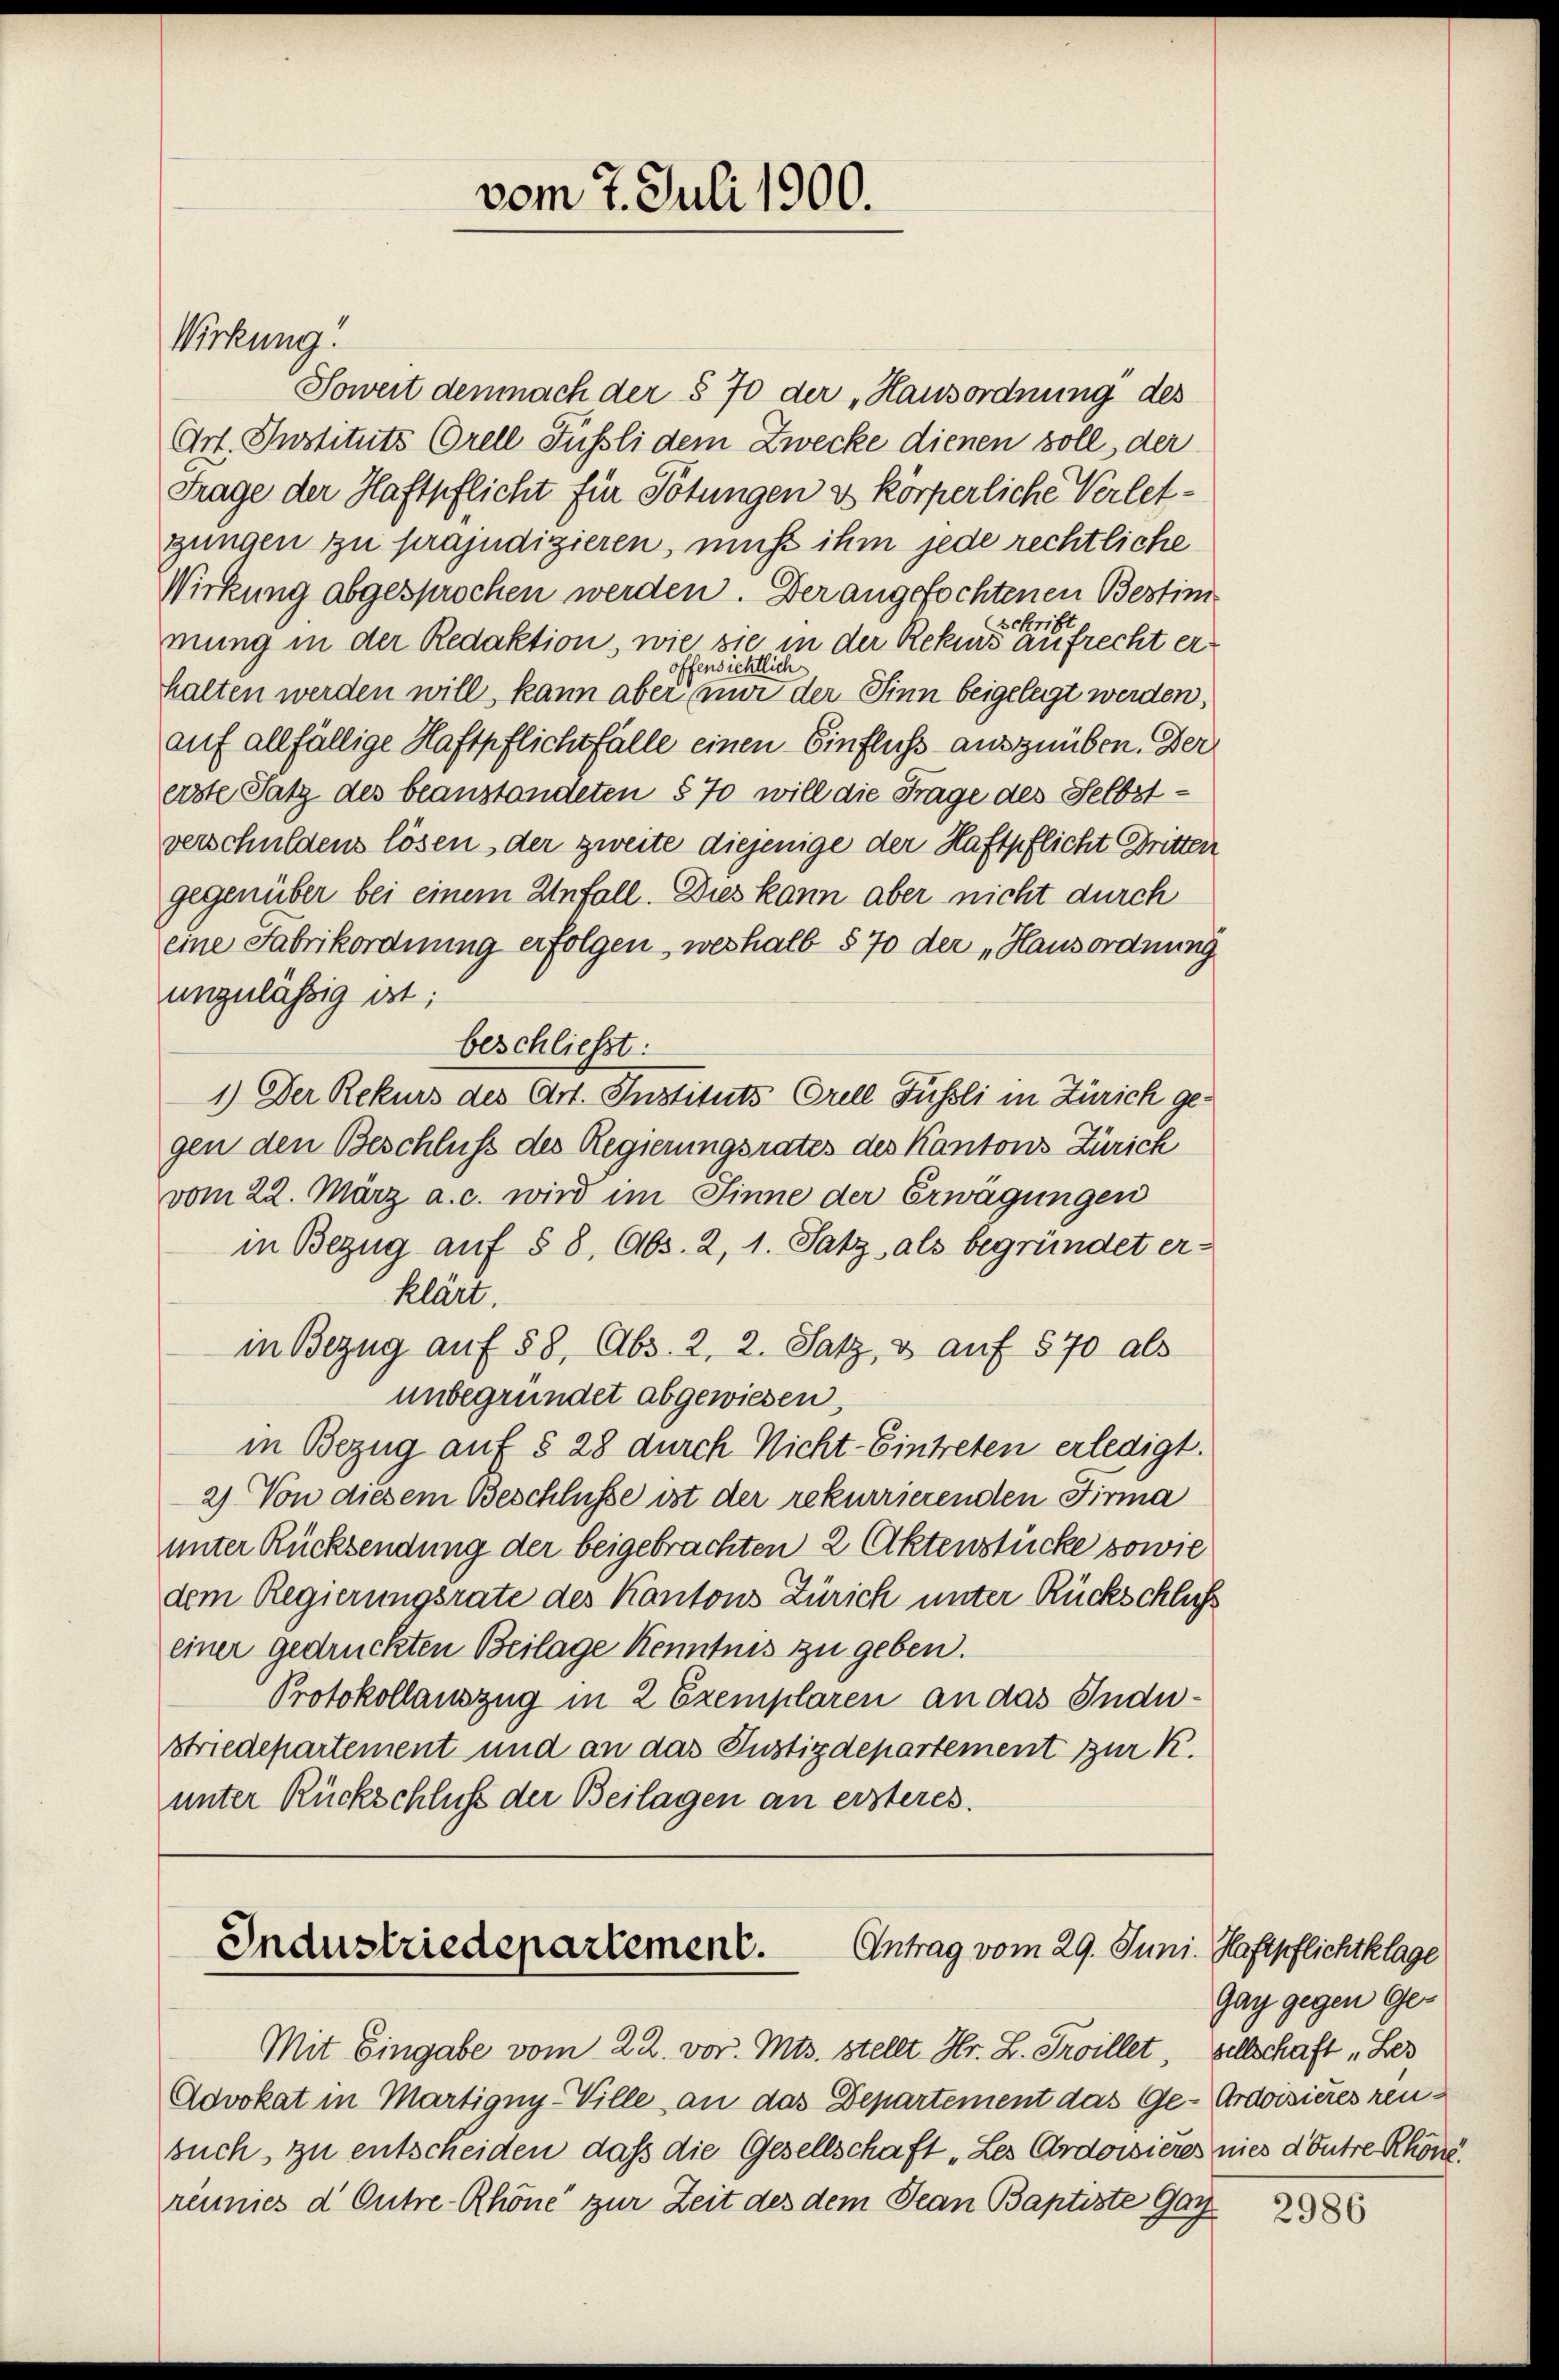
Wirkung

Soweit demnach der § 70 der „Hausordnung des
Art. Instituts Orell Füßli dem Zwecke dienen soll der
Frage der Haftpflicht für Tötungen & körperliche Verletgungen zu präjudizieren, muss ihm jede rechtliche
Wirkung abgesprochen werden. Der angefochtenen Bestim
schrift.
mung in der Redaktion, wie sie in der Rekurs aufrecht eroffensichtlich
halten werden will, kann aber nur der Sinn beigelegt werden,
auf allfällige Haftpflichtfälle einen Einfluss auszuüben. Der
erste Satz des beanstandeten § 70 will die Frage des Selbstverschuldens lösen der zweite diejenige der Haftpflicht Gritten
gegenüber bei einem Unfall. Dies kann aber nicht durch
eine Fabrikordnung erfolgen, weshalb § 70 der „Hausordnung
unzulässig ist;
beschließt:
1.) Der Rekurs des Art. Instituts Orell Füssli in Zürich ge-
gen den Beschluss des Regierungsrates des Kantons Zürich
vom 22. März a. c. wird im Sinne der Erwägungen
in Bezug auf § 8, Abs. 2, 1. Satz, als begründet er-
klärt.
in Bezug auf 58, Abs. 2, 2. Satz, & auf 570 als
unbegründet abgewiesen,
in Bezug auf § 28 durch Nicht-Eintreten erledigt.
2) Von diesem Beschlüsse ist der rekurrierenden Firma
unter Rücksendung der beigebrachten 2 Aktenstücke sowie
dem Regierungsrate des Kantons Zürich unter Rückschluß
einer gedruckten Beilage Kenntnis zu geben.
Protokollauszug in 2 Exemplaren an das Indu¬
Striedepartement und an das Justizdepartement zur K.
unter Rückschluß der Beilagen an ersteres.

vom 7. Juli 1900.

Industriedepartement.
Antrag vom 29. Juni. Haftpflichtklage

Advokat in Martigny-Ville an das Departement das Ge-Ardvisieres reusuch, zu entscheiden, dass die Gesellschaft „Les Ordowières nies dontre Rhone.
réunies d Outre-Rhöne zur Zeit des dem Jean Baptiste Gar

Mit Eingabe vom 22. vor. Mts. stellt Hr. L. Troillet, seltschaft „Les

Gay gegen Ge¬

2986